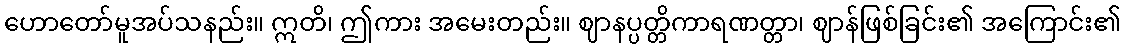
ဟောတော်မူအပ်သနည်း။ ဣတိ၊ ဤကား အမေးတည်း။ ဈာနပ္ပတ္တိကာရဏတ္တာ၊ ဈာန်ဖြစ်ခြင်း၏ အကြောင်း၏